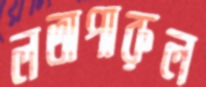
লতাপারুল